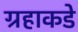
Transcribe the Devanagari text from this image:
ग्रहाकडे